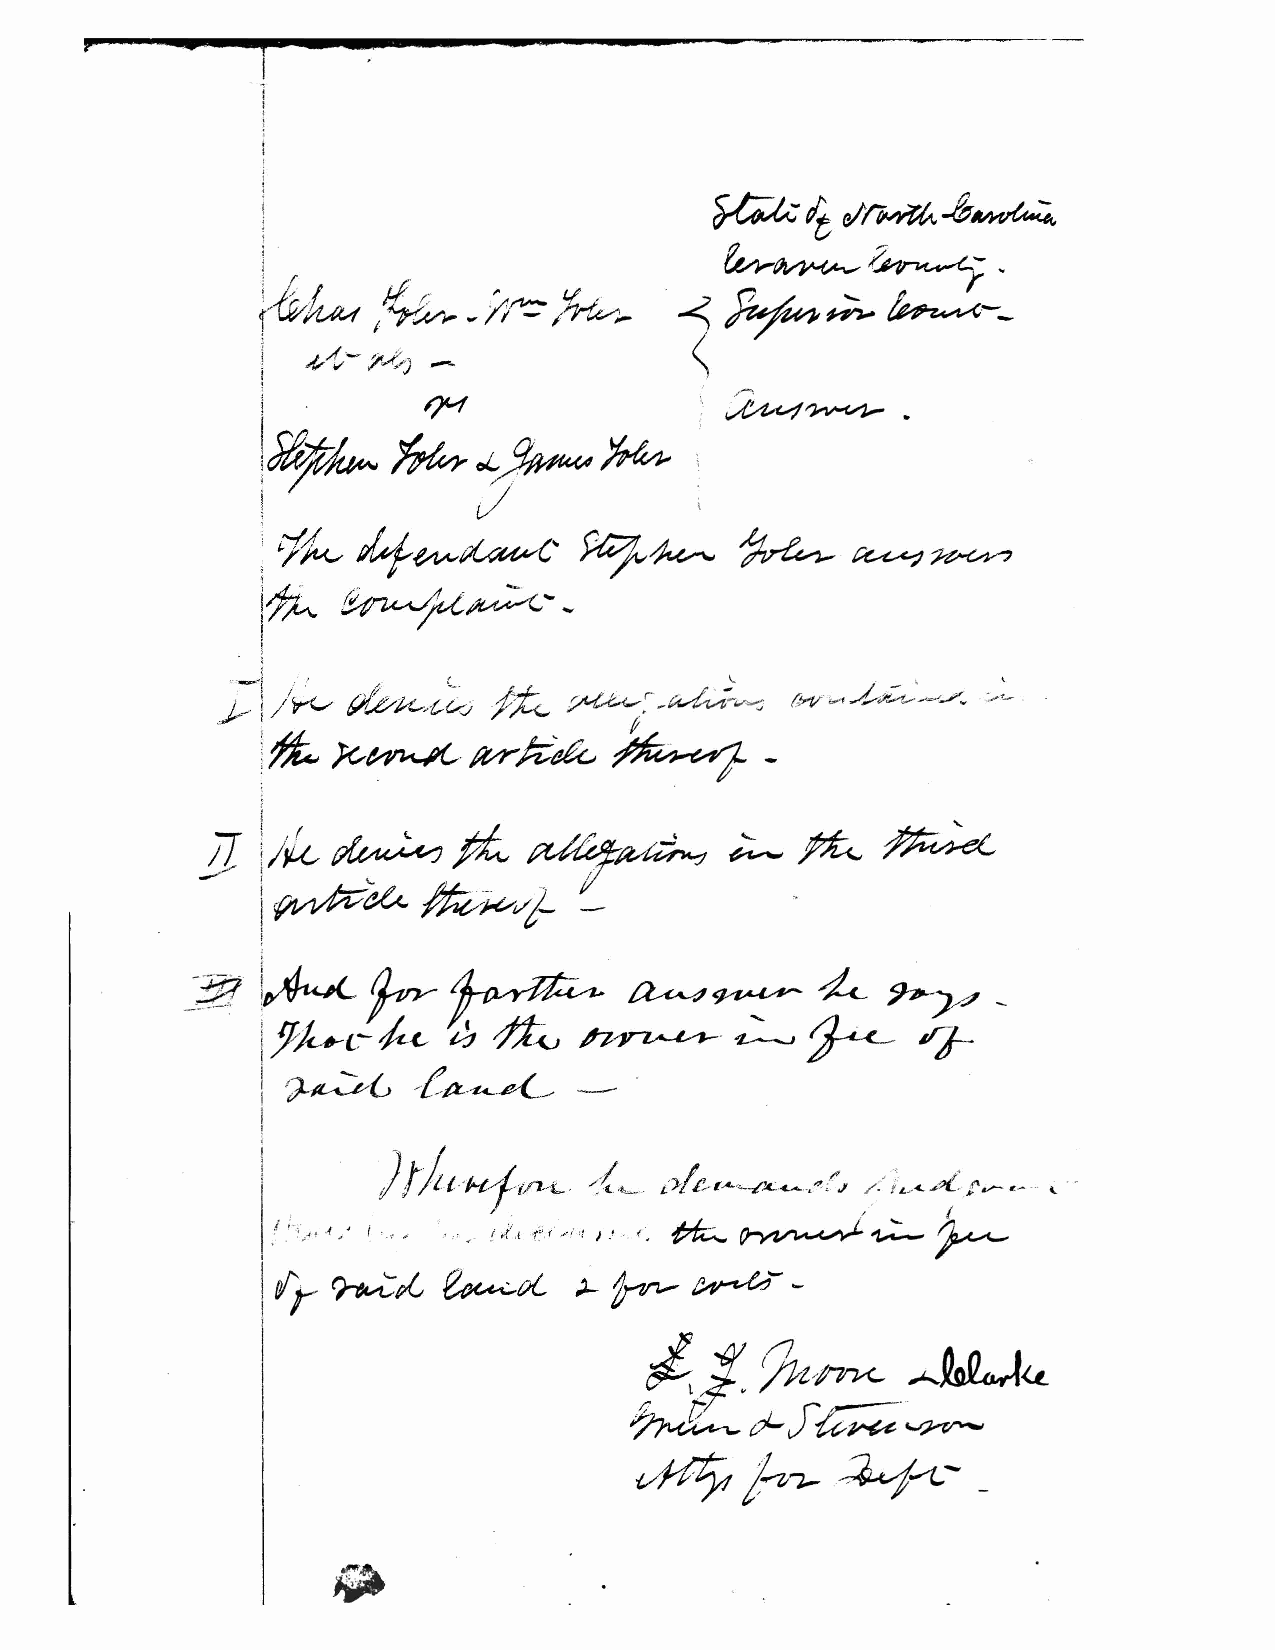
p          f
 &Q
 I
 ,
 T
 I
 I
 1
 i
 ~iP/r~-&~
 ~~~;~
 -<~~~--
 <
 ,--..
 !, .       IJ"1                ~~.
 I~~~~
 !              ~/
 ~1~   4~~C          ~~         ~      ~'~
 i
 l~~~""
 ~·:I. ///~                      ~.~.
 '/,-   /
 ~ ,
 jr -
 (/ ;/1 /k# y/ :1 ..L ..·/ v, '; ". '- v, ·. 7 J , !( l. -<- .I , -. /I"A--I"'-.J'-:J- _.r_ ~ - /' --..
 i
 ffrv;Ak.J'; .;'-- ,.-" -'-'~ .>'' ­
 ;                        f
 !fi,.,~~'lU"k~          ~-